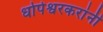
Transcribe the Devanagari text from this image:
धोपेश्वरकरांनी